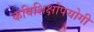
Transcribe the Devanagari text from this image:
कविशिक्षोपयोगी